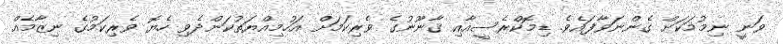
ވަނީ ނިމުމަކަށް ގެންނަވާފައެވެ. ޑިމޮކްރެސީއާއި ޤާނޫނުގެ ވެރިކަމަށް އަހުމިއްޔަތުކަންދެވި ހެޔޮ ވެރިކަމުގެ ނިޒާމެއް